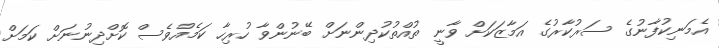
އެމަނިކުފާނުގެ ސަރުކާރުގެ އަމާޒަކަށް ވާނީ ތުއްތުކުދިންނަށް ބޭނުންވާ ހުރިހާ ކަމެއްވެސް ކޮށްދިނުނަށް ކަމަށް